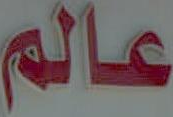
عالم